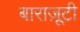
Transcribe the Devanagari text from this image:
बाराज़ूटी